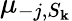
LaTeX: \mu_{-j,S_{\mathbf{k}}}